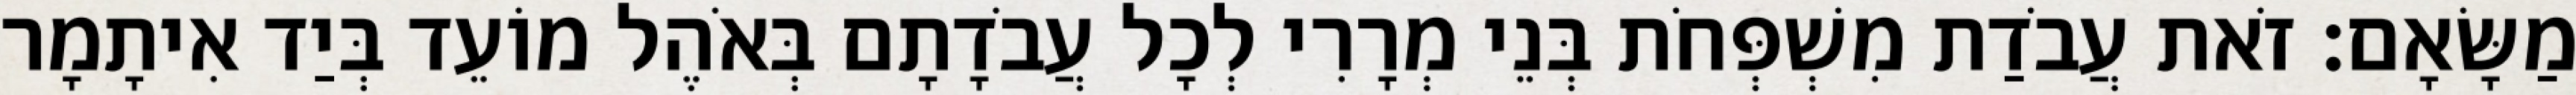
מַשָּׂאָם׃ זֹאת עֲבֹדַת מִשְׁפְּחֹת בְּנֵי מְרָרִי לְכָל עֲבֹדָתָם בְּאֹהֶל מוֹעֵד בְּיַד אִיתָמָר